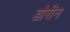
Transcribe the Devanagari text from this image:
डोरीन